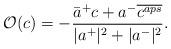
LaTeX: \begin{align*}\mathcal{O}(c)=-\frac{\bar{a}^+c+a^-\overline{c^{aps}}}{|a^+|^2+|a^-|^2}.\end{align*}